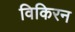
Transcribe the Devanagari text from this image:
विकिरन